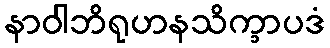
နာဝါဘိရုဟနသိက္ခာပဒံ